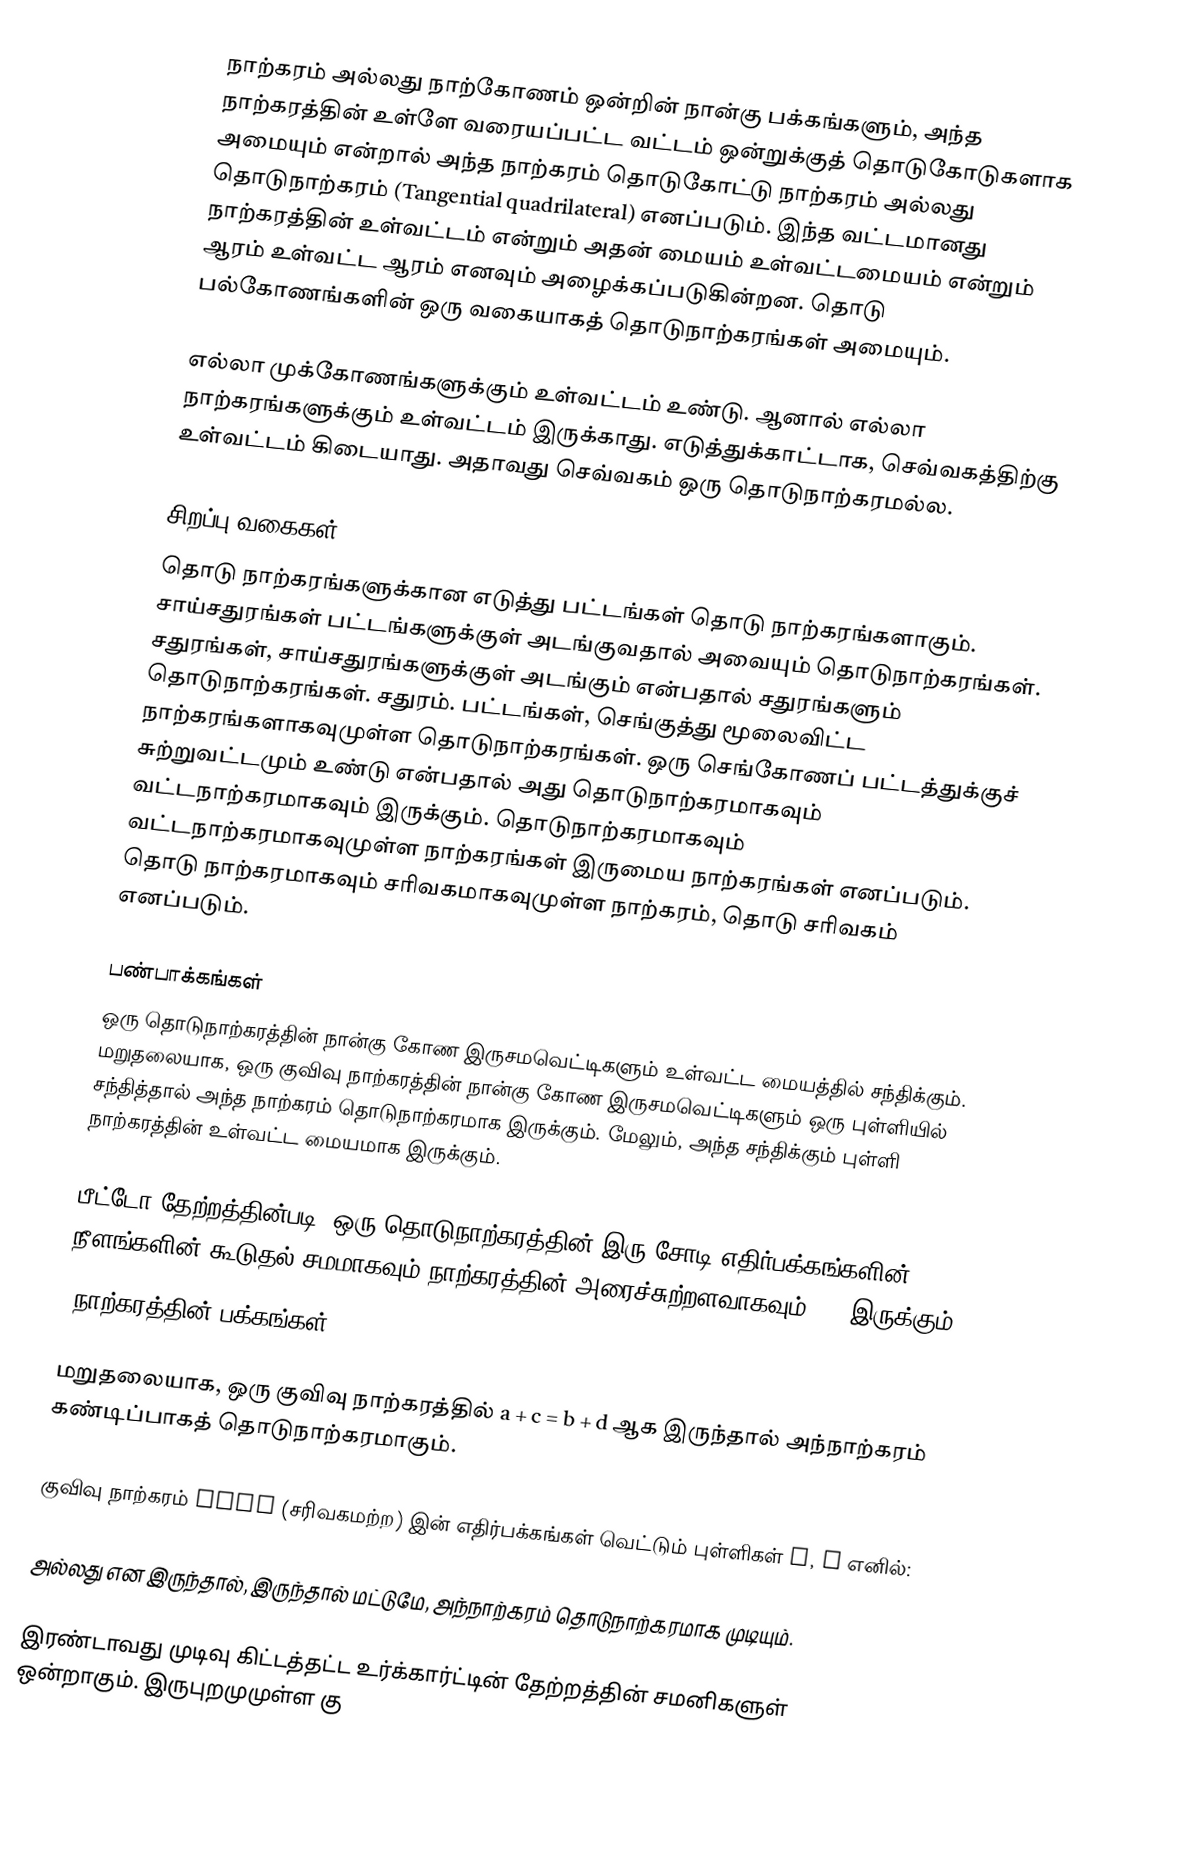
நாற்கரம் அல்லது நாற்கோணம் ஒன்றின் நான்கு பக்கங்களும், அந்த நாற்கரத்தின் உள்ளே வரையப்பட்ட வட்டம் ஒன்றுக்குத் தொடுகோடுகளாக அமையும் என்றால் அந்த நாற்கரம் தொடுகோட்டு நாற்கரம் அல்லது தொடுநாற்கரம் (Tangential quadrilateral) எனப்படும். இந்த வட்டமானது நாற்கரத்தின் உள்வட்டம் என்றும் அதன் மையம் உள்வட்டமையம் என்றும் ஆரம் உள்வட்ட ஆரம் எனவும் அழைக்கப்படுகின்றன. தொடு பல்கோணங்களின் ஒரு வகையாகத் தொடுநாற்கரங்கள் அமையும்.

எல்லா முக்கோணங்களுக்கும் உள்வட்டம் உண்டு. ஆனால் எல்லா நாற்கரங்களுக்கும் உள்வட்டம் இருக்காது. எடுத்துக்காட்டாக, செவ்வகத்திற்கு உள்வட்டம் கிடையாது. அதாவது செவ்வகம் ஒரு தொடுநாற்கரமல்ல.

சிறப்பு வகைகள்
தொடு நாற்கரங்களுக்கான எடுத்து பட்டங்கள் தொடு நாற்கரங்களாகும். சாய்சதுரங்கள் பட்டங்களுக்குள் அடங்குவதால் அவையும் தொடுநாற்கரங்கள். சதுரங்கள், சாய்சதுரங்களுக்குள் அடங்கும் என்பதால் சதுரங்களும் தொடுநாற்கரங்கள். சதுரம். பட்டங்கள், செங்குத்து மூலைவிட்ட நாற்கரங்களாகவுமுள்ள தொடுநாற்கரங்கள். ஒரு செங்கோணப் பட்டத்துக்குச் சுற்றுவட்டமும் உண்டு என்பதால் அது தொடுநாற்கரமாகவும் வட்டநாற்கரமாகவும் இருக்கும். தொடுநாற்கரமாகவும் வட்டநாற்கரமாகவுமுள்ள நாற்கரங்கள்  இருமைய நாற்கரங்கள் எனப்படும். தொடு நாற்கரமாகவும் சரிவகமாகவுமுள்ள நாற்கரம்,  தொடு சரிவகம் எனப்படும்.

பண்பாக்கங்கள்
 ஒரு தொடுநாற்கரத்தின் நான்கு கோண இருசமவெட்டிகளும் உள்வட்ட மையத்தில் சந்திக்கும். மறுதலையாக, ஒரு குவிவு நாற்கரத்தின் நான்கு கோண இருசமவெட்டிகளும் ஒரு புள்ளியில் சந்தித்தால் அந்த நாற்கரம் தொடுநாற்கரமாக இருக்கும். மேலும், அந்த சந்திக்கும் புள்ளி நாற்கரத்தின் உள்வட்ட மையமாக இருக்கும்.

பீட்டோ தேற்றத்தின்படி, ஒரு தொடுநாற்கரத்தின் இரு சோடி எதிர்பக்கங்களின் நீளங்களின் கூடுதல் சமமாகவும் நாற்கரத்தின் அரைச்சுற்றளவாகவும் (s) இருக்கும்:
 (நாற்கரத்தின் பக்கங்கள்: a, b c, d)

மறுதலையாக, ஒரு குவிவு நாற்கரத்தில் a + c = b + d ஆக இருந்தால் அந்நாற்கரம் கண்டிப்பாகத் தொடுநாற்கரமாகும்.

குவிவு நாற்கரம் ABCD (சரிவகமற்ற) இன் எதிர்பக்கங்கள் வெட்டும் புள்ளிகள் E, F எனில்:

 அல்லது  என இருந்தால், இருந்தால் மட்டுமே, அந்நாற்கரம் தொடுநாற்கரமாக முடியும்.

இரண்டாவது முடிவு கிட்டத்தட்ட உர்க்கார்ட்டின் தேற்றத்தின் சமனிகளுள் ஒன்றாகும். இருபுறமுமுள்ள கு